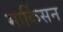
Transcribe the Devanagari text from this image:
मार्किसन